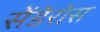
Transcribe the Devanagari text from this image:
सेंडेरोस